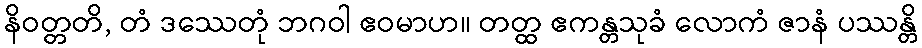
နိဝတ္တတိ, တံ ဒဿေတုံ ဘဂဝါ ဧဝမာဟ။ တတ္ထ ဧကန္တသုခံ လောကံ ဇာနံ ပဿန္တိ